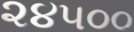
૨૪૫૦૦